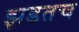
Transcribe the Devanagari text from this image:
झडतच